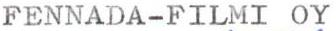
FENNADA-FILMI OY